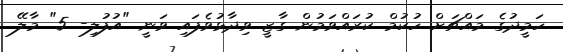
ހަމީދުގެ މައްޗަށް ހުކުމް ކުރައްވަމުން ގާޒީ ވިދާޅުވެފައި ވަނީ "އުފުލި- 5" މާލޭ